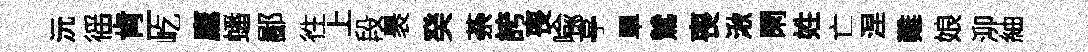
沅徭肯-屹鷹蟠鄙徃上段褁癸荼誇喪喩亭單鷥喪湫閑姓亡涅難娘泖紬